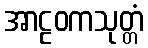
အာဠဝကသုတ္တံ